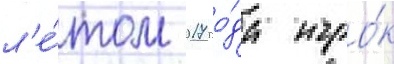
л'е́том 2017 го́да игро́к